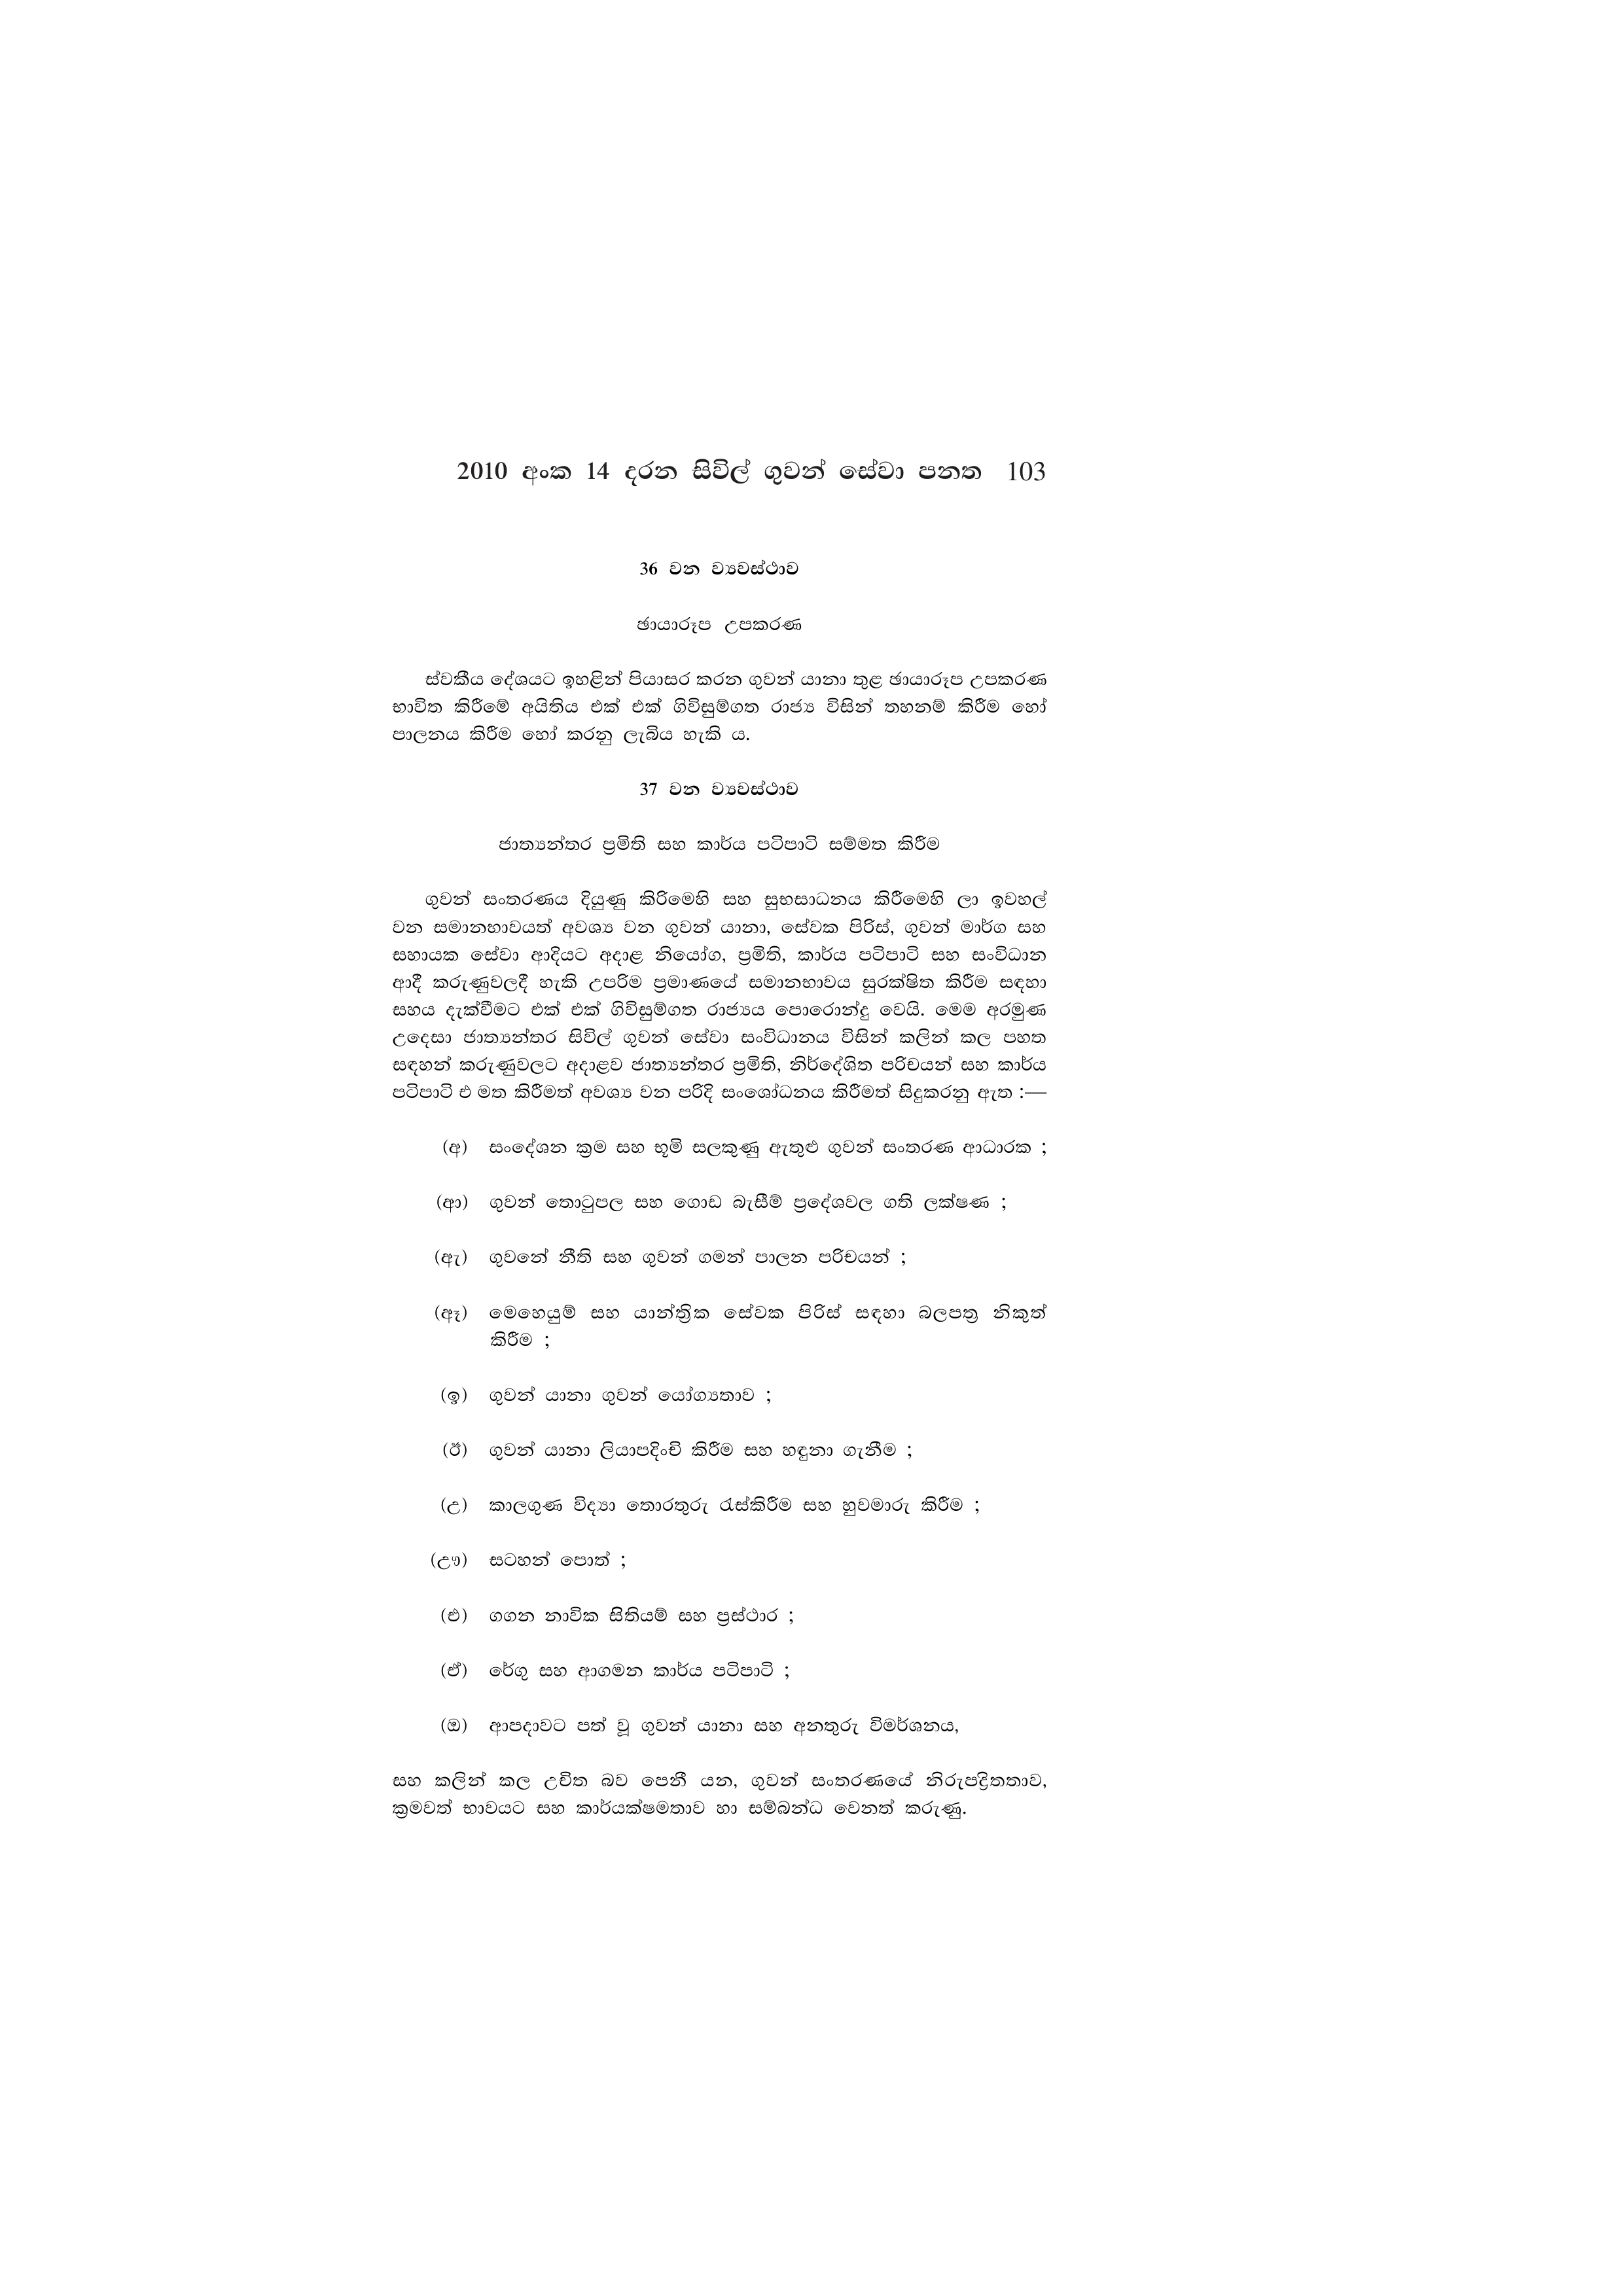
2010 අංක 14 දරන සිවිල් ගුවන් සේවා පනත 103

36 වන ව්‍යවස්ථාව

ඡායාරූප උපකරණ

ස්වකීය දේශයට ඉහළින් පියාසර කරන ගුවන් යානා තුළ ඡායාරූප උපකරණ
භාවිත කිරීමේ අයිතිය එක් එක් ගිවිසුම්ගත රාජ්‍ය විසින් තහනම් කිරීම හෝ
පාලනය කිරීම හෝ කරනු ලැබිය හැකි ය.

37 වන ව්‍යවස්ථාව

ජාත්‍යන්තර ප්‍රමිති සහ කාර්ය පටිපාටි සම්මත කිරීම

ගුවන් සංතරණය දියුණු කිරිමෙහි සහ සුභසාධනය කිරීමෙහි ලා ඉවහල්
වන සමානභාවයත් අවශ්‍ය වන ගුවන් යානා, සේවක පිරිස්, ගුවන් මාර්ග සහ
සහායක සේවා ආදියට අදාළ නියෝග, ප්‍රමිති, කාර්ය පටිපාටි සහ සංවිධාන
ආදී කරුණුවලදී හැකි උපරිම ප්‍රමාණයේ සමානභාවය සුරක්ෂිත කිරීම සඳහා
සහය දැක්වීමට එක් එක් ගිවිසුම්ගත රාජ්‍යය පොරොන්දු වෙයි. මෙම අරමුණ
උදෙසා ජාත්‍යන්තර සිවිල් ගුවන් සේවා සංවිධානය විසින් කලින් කල පහත
සඳහන් කරුණුවලට අදාළව ජාත්‍යන්තර ප්‍රමිති, නිදේශිත පරිචයන් සහ කාර්ය
පටිපාටි එ මත කිරීමත් අවශ්‍ය වන පරිදි සංශෝධනය කිරීමත් සිදුකරනු ඇත :-

(අ) සංදේශන ක්‍රම සහ භූමි සලකුණු ඇතුළු ගුවන් සංතරණ ආධාරක ;

(ආ) ගුවන් තොටුපල සහ ගොඩ බැසීම් ප්‍රදේශවල ගති ලක්ෂණ ;

(ඇ) ගුවනේ නීති සහ ගුවන් ගමන් පාලන පරිචයන් ;

(ඈ) මෙහෙයුම් සහ යාන්ත්‍රික සේවක පිරිස් සඳහා බලපත්‍ර නිකුත්
කිරීම ;

(ඉ) ගුවන් යානා ගුවන් යෝග්‍යතාව ;

(ඊ) ගුවන් යානා ලියාපදිංචි කිරීම සහ හඳුනා ගැනීම ;

(උ) කාලගුණ විද්‍යා තොරතුරු රැස්කිරීම සහ හුවමාරු කිරීම ;

(ඌ) සටහන් පොත් ;

(එ) ගගන නාවික සිතියම් සහ ප්‍රස්ථාර ;

(ඒ) රේගු සහ ආගමන කාර්ය පටිපාටි ;

(ඔ) ආපදාවට පත් වූ ගුවන් යානා සහ අනතුරු විමර්ශනය,

සහ කලින් කල උචිත බව පෙනී යන, ගුවන් සංතරණයේ නිරුපද්‍රිතතාව,
ක්‍රමවත් භාවයට සහ කාර්යක්ෂමතාව හා සම්බන්ධ වෙනත් කරුණු.